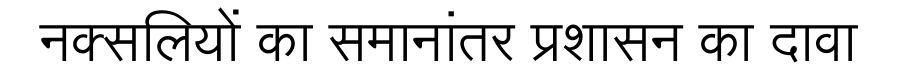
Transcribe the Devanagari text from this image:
नक्सलियों का समानांतर प्रशासन का दावा